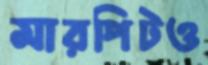
মারপিটও